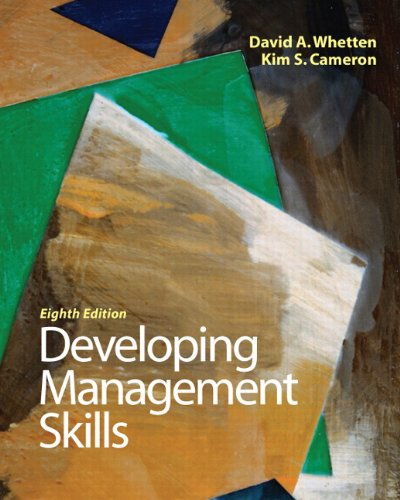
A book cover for Developing Management Skills (8th Edition); David A. Whetten; Business & Money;